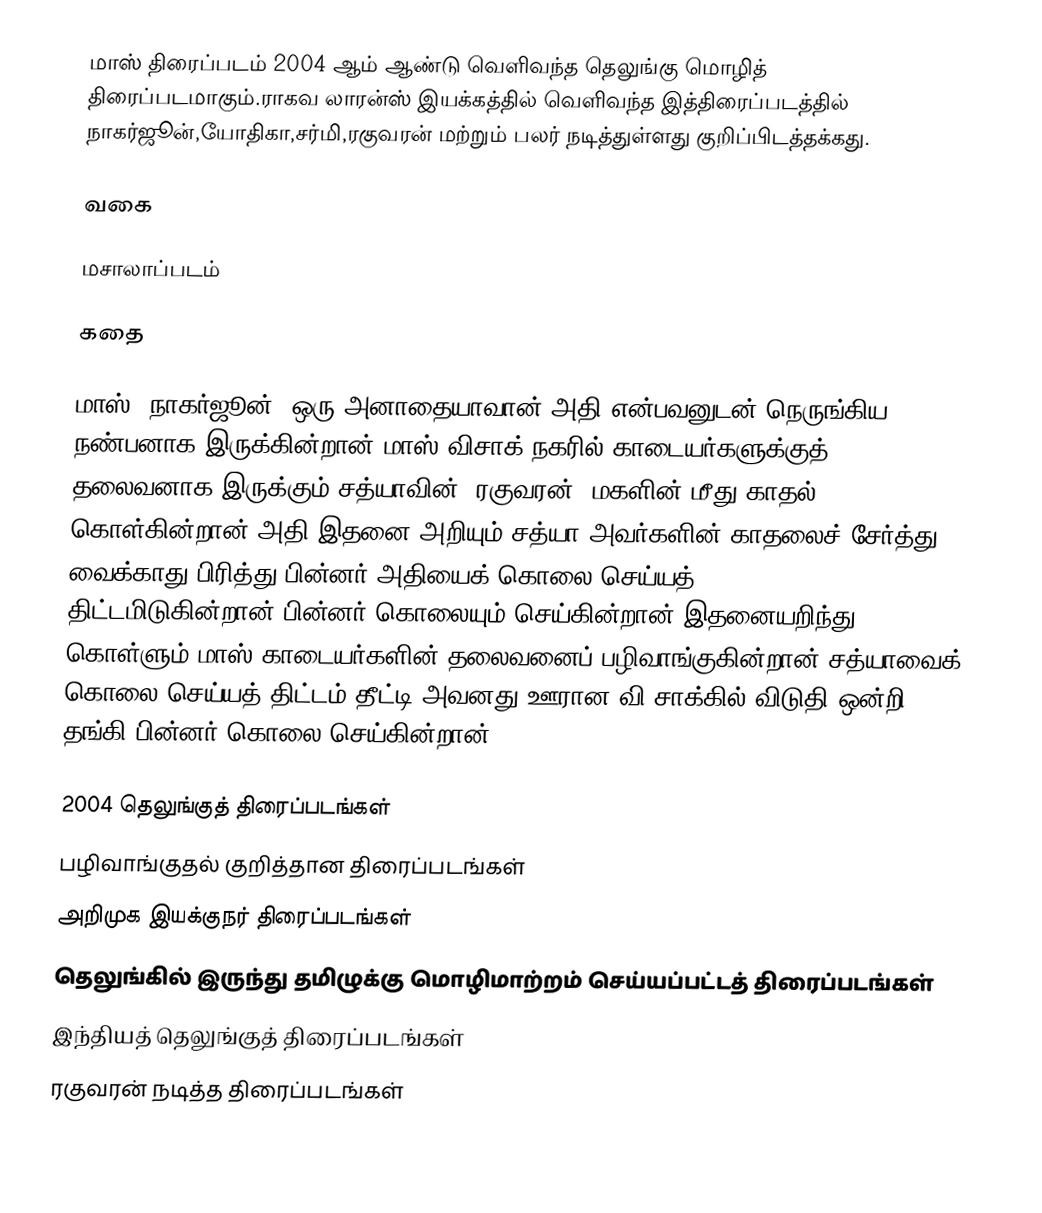
மாஸ் திரைப்படம் 2004 ஆம் ஆண்டு வெளிவந்த தெலுங்கு மொழித் திரைப்படமாகும்.ராகவ லாரன்ஸ் இயக்கத்தில் வெளிவந்த இத்திரைப்படத்தில் நாகர்ஜூன்,யோதிகா,சர்மி,ரகுவரன் மற்றும் பலர் நடித்துள்ளது குறிப்பிடத்தக்கது.

வகை

மசாலாப்படம்

கதை

மாஸ் (நாகர்ஜூன்) ஒரு அனாதையாவான்.அதி என்பவனுடன் நெருங்கிய நண்பனாக இருக்கின்றான் மாஸ்.விசாக் நகரில் காடையர்களுக்குத் தலைவனாக இருக்கும் சத்யாவின் (ரகுவரன்) மகளின் மீது காதல் கொள்கின்றான் அதி.இதனை அறியும் சத்யா அவர்களின் காதலைச் சேர்த்து வைக்காது பிரித்து பின்னர் அதியைக் கொலை செய்யத் திட்டமிடுகின்றான்.பின்னர் கொலையும் செய்கின்றான்.இதனையறிந்து கொள்ளும் மாஸ்  காடையர்களின் தலைவனைப் பழிவாங்குகின்றான்.சத்யாவைக் கொலை செய்யத் திட்டம் தீட்டி அவனது ஊரான விAசாக்கில் விடுதி ஒன்றி தங்கி பின்னர் கொலை செய்கின்றான்.

2004 தெலுங்குத் திரைப்படங்கள்
பழிவாங்குதல் குறித்தான திரைப்படங்கள்
அறிமுக இயக்குநர் திரைப்படங்கள்
தெலுங்கில் இருந்து தமிழுக்கு மொழிமாற்றம் செய்யப்பட்டத் திரைப்படங்கள்
இந்தியத் தெலுங்குத் திரைப்படங்கள்
ரகுவரன் நடித்த திரைப்படங்கள்